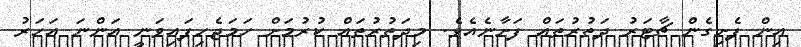
އިން ފެށިގެން ޗާޓަރު ދަތުރުތައް ފަށާނެއެވެ. މިދަތުރުތައް ކުރުމަށް ހަމަޖެހިފައިވަނީ އަންނަ އަހަރު